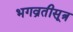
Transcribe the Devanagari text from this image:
भगव्रतीसूत्र